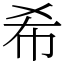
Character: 希